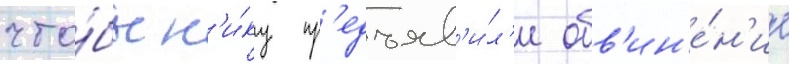
что́бы н'и́ку пр'едъяв'и́л'и обв'ин'е́н'ие